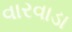
વારવાડા